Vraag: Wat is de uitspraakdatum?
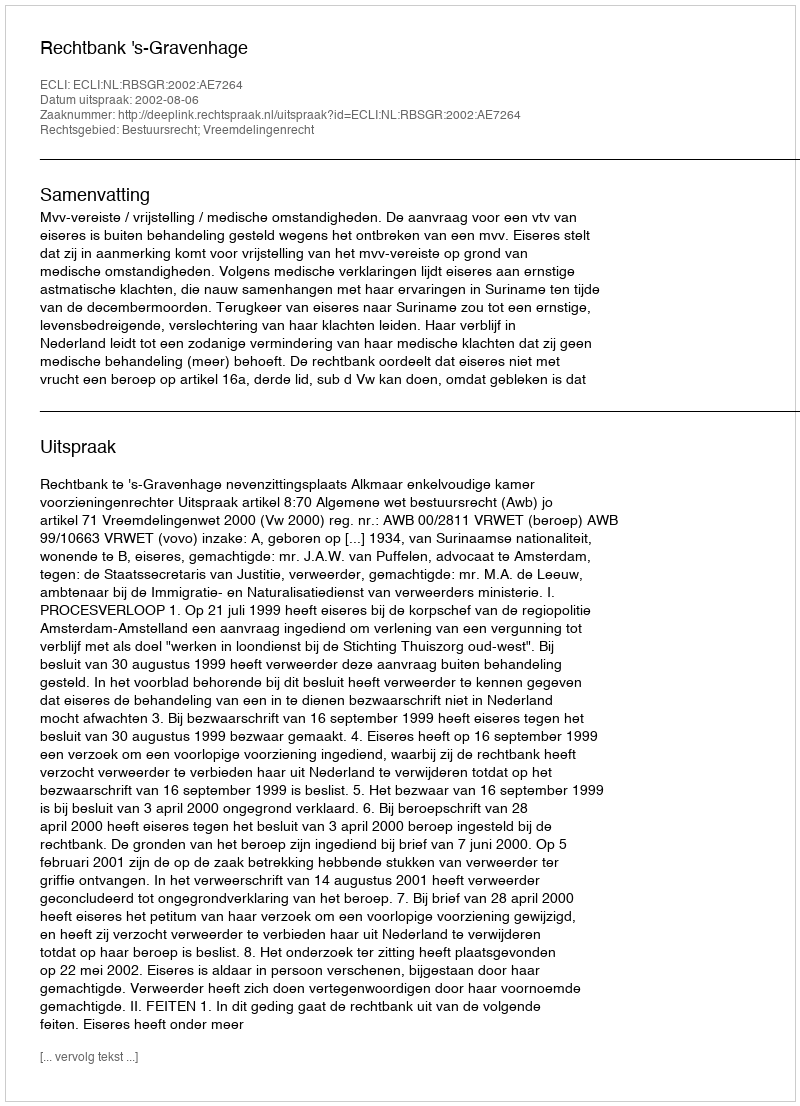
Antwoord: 2002-08-06